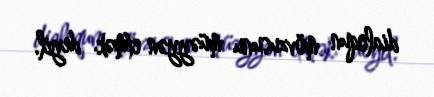
dialoqun mövzusunu müəyyən etmək deyil.